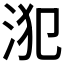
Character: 𣳜